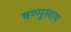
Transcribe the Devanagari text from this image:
षण्मुखाय